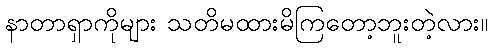
နာတာရှာကိုများ သတိမထားမိကြတော့ဘူးတဲ့လား။